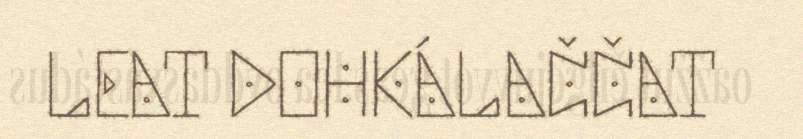
LEAT DOHKÁLAČČAT